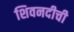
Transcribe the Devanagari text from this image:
शिवनदीची